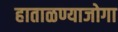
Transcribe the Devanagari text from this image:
हाताळण्याजोगा